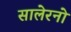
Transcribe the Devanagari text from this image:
सालेरनो